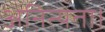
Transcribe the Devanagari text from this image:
अनित्यता।